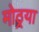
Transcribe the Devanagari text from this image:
मोठ्रया